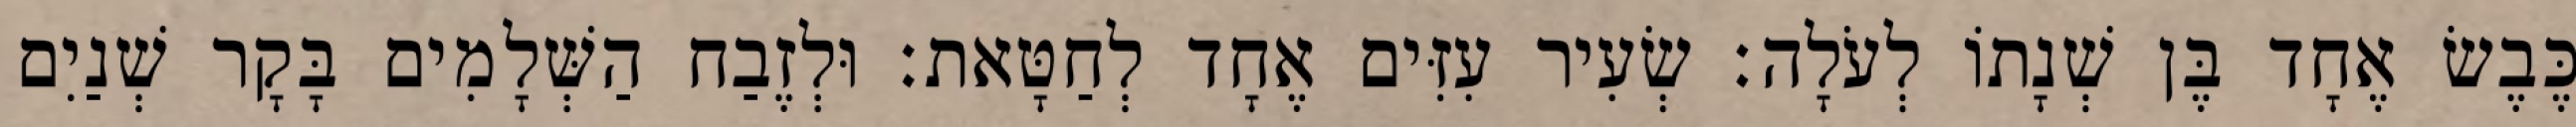
כֶּבֶשׂ אֶחָד בֶּן שְׁנָתוֹ לְעֹלָה׃ שְׂעִיר עִזִּים אֶחָד לְחַטָּאת׃ וּלְזֶבַח הַשְּׁלָמִים בָּקָר שְׁנַיִם